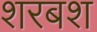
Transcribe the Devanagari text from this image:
शरबश